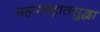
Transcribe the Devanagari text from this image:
महाराष्ट्रातसुद्धा